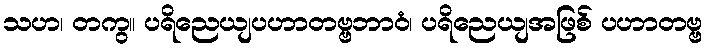
သဟ၊ တကွ။ ပရိညေယျပဟာတဗ္ဗဘာဝံ၊ ပရိညေယျအဖြစ် ပဟာတဗ္ဗ